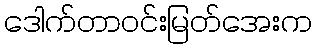
ဒေါက်တာဝင်းမြတ်အေးက